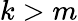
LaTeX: k>m